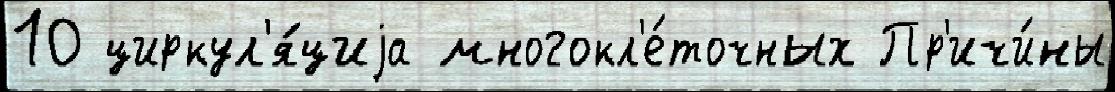
10 циркул'я́циjа многокл'е́точных Пр'ичи́ны